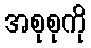
အစုစုကို